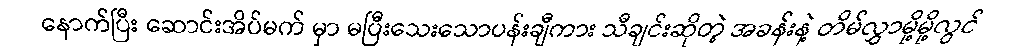
နောက်ပြီး ဆောင်းအိပ်မက် မှာ မပြီးသေးသောပန်းချီကား သီချင်းဆိုတဲ့ အခန်းနဲ့ တိမ်လွှာမို့မို့လွင်